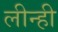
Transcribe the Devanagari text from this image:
लीन्‍ही